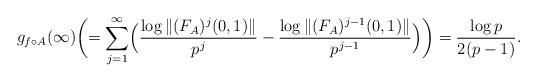
LaTeX: \begin{gather*} g_{f\circ A}(\infty)\biggl(=\sum_{j=1}^\infty\Bigl(\frac{\log\|(F_A)^j(0,1)\|}{p^j}-\frac{\log\|(F_A)^{j-1}(0,1)\|}{p^{j-1}}\Bigr)\biggr)=\frac{\log p}{2(p-1)}.\end{gather*}